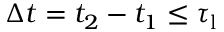
\Delta t = t _ { 2 } - t _ { 1 } \le \tau _ { \mathrm { l } }